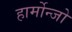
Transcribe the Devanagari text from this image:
हार्मोन्जो